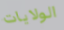
الولايات